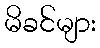
မိခင်များ